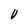
Character: V